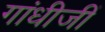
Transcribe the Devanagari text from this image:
गांधीजीं